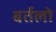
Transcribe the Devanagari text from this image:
बर्तलो